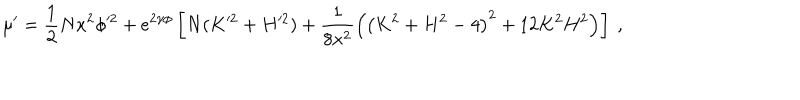
LaTeX: \mu ^ { \prime } = \frac { 1 } { 2 } N x ^ { 2 } \phi ^ { 2 } + e ^ { 2 \gamma \phi } \left[ N ( K ^ { 2 } + H ^ { 2 } ) + \frac { 1 } { 8 x ^ { 2 } } \left( \left( K ^ { 2 } + H ^ { 2 } - 4 \right) ^ { 2 } + 1 2 K ^ { 2 } H ^ { 2 } \right) \right] \ ,